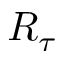
R _ { \tau }